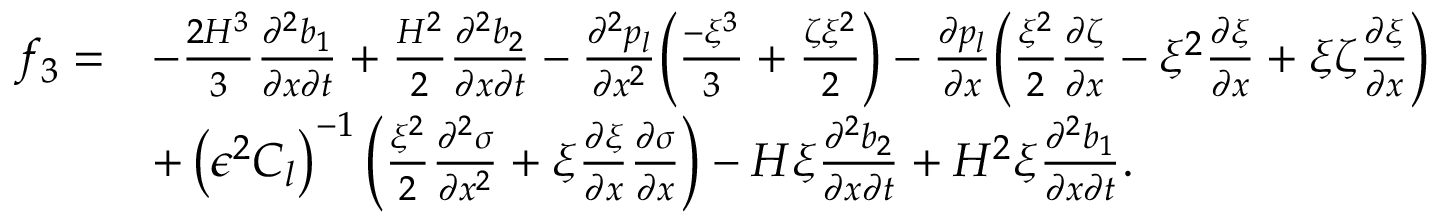
\begin{array} { r l } { f _ { 3 } = } & { - \frac { 2 H ^ { 3 } } { 3 } \frac { \partial ^ { 2 } b _ { 1 } } { \partial x \partial t } + \frac { H ^ { 2 } } { 2 } \frac { \partial ^ { 2 } b _ { 2 } } { \partial x \partial t } - \frac { \partial ^ { 2 } p _ { l } } { \partial x ^ { 2 } } \bigg ( \frac { - \xi ^ { 3 } } { 3 } + \frac { \zeta \xi ^ { 2 } } { 2 } \bigg ) - \frac { \partial p _ { l } } { \partial x } \bigg ( \frac { \xi ^ { 2 } } { 2 } \frac { \partial \zeta } { \partial x } - \xi ^ { 2 } \frac { \partial \xi } { \partial x } + \xi \zeta \frac { \partial \xi } { \partial x } \bigg ) } \\ & { + \left( \epsilon ^ { 2 } C _ { l } \right) ^ { - 1 } \left( \frac { \xi ^ { 2 } } { 2 } \frac { \partial ^ { 2 } \sigma } { \partial x ^ { 2 } } + \xi \frac { \partial \xi } { \partial x } \frac { \partial \sigma } { \partial x } \right) - H \xi \frac { \partial ^ { 2 } b _ { 2 } } { \partial x \partial t } + H ^ { 2 } \xi \frac { \partial ^ { 2 } b _ { 1 } } { \partial x \partial t } . } \end{array}